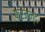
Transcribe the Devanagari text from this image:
फरजन्द